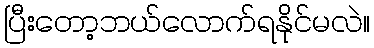
ပြီးတော့ဘယ်လောက်ရနိုင်မလဲ။